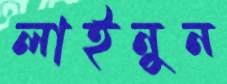
লাইনুন